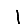
Digit: 1